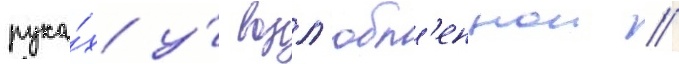
рука́х у́ возл'юбл'еннои //